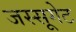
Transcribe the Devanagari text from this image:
जस्सूगेट